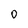
Character: O